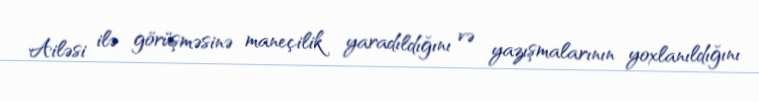
Ailəsi ilə görüşməsinə maneçilik yaradıldığını və yazışmalarının yoxlanıldığını